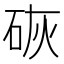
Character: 𪿙